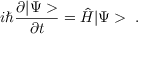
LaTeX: i \hbar \frac { \partial | \Psi > } { \partial t } = \hat { H } | \Psi > \; .